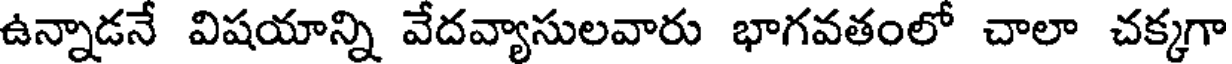
ఉన్నాడనే విషయాన్ని వేదవ్యాసులవారు భాగవతంలో చాలా చక్కగా